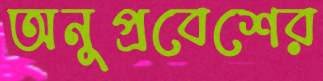
অনুপ্রবেশের